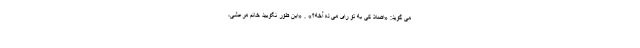
می گوید: «اصلا کی به تو رای می ده آخه؟» . «این طور نگویید خانم مرعشی،